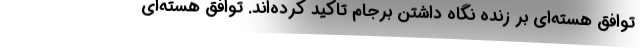
توافق هسته‌ای بر زنده نگاه داشتن برجام تاکید کرده‌اند. توافق هسته‌ای